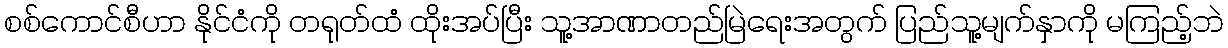
စစ်ကောင်စီဟာ နိုင်ငံကို တရုတ်ထံ ထိုးအပ်ပြီး သူ့အာဏာတည်မြဲရေးအတွက် ပြည်သူ့မျက်နှာကို မကြည့်ဘဲ